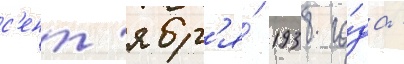
с'ент'ябр'я́ 1938 го́да -